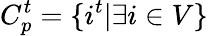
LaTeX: C_{p}^{t}=\{ i^{t}|\exists i\in V\}